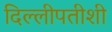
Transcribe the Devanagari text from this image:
दिल्लीपतीशी